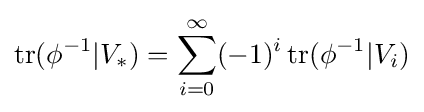
\operatorname {tr} (\phi ^{-1}|V_{*})=\sum _{i=0}^{\infty }(-1)^{i}\operatorname {tr} (\phi ^{-1}|V_{i})